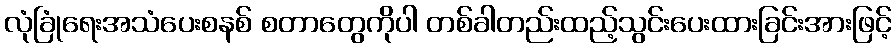
လုံခြုံရေးအသံပေးစနစ် စတာတွေကိုပါ တစ်ခါတည်းထည့်သွင်းပေးထားခြင်းအားဖြင့်